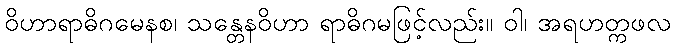
ဝိဟာရာဓိဂမေနစ၊ သန္တေနဝိဟာ ရာဓိဂမဖြင့်လည်း။ ဝါ၊ အရဟတ္ကဖလ